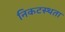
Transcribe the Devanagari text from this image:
निकटस्थता